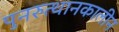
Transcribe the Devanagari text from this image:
पुनरुत्थानकालीन